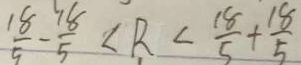
\frac { 1 8 } { 9 } - \frac { 1 8 } { 5 } < R < \frac { 1 8 } { 5 } + \frac { 1 8 } { 5 }